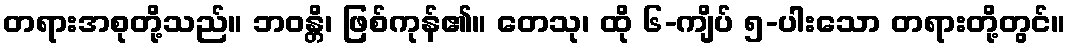
တရားအစုတို့သည်။ ဘဝန္တိ၊ ဖြစ်ကုန်၏။ တေသု၊ ထို ၆-ကျိပ် ၅-ပါးသော တရားတို့တွင်။